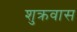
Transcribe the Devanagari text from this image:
शुक्रवास